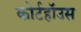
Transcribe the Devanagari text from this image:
कोर्टहॉउस